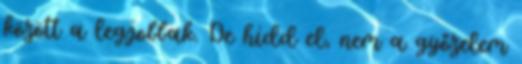
között a legjobbak. De hidd el, nem a győzelem